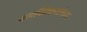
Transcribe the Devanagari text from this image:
चलच्चित्रपटांच्या